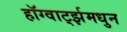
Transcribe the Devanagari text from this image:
हॉग्वार्ट्झमधुन